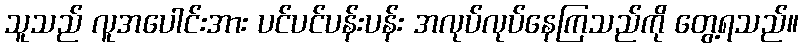
သူသည် လူအပေါင်းအား ပင်ပင်ပန်းပန်း အလုပ်လုပ်နေကြသည်ကို တွေ့ရသည်။